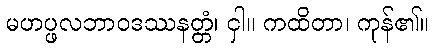
မဟပ္ဖလဘာဝဒဿနတ္တံ၊ ငှါ။ ကထိတာ၊ ကုန်၏။